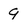
Character: 9